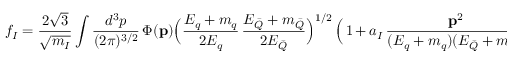
f _ { I } = { \frac { 2 { \sqrt { 3 } } } { \sqrt { m _ { I } } } } \int { \frac { d ^ { 3 } p } { ( 2 \pi ) ^ { 3 / 2 } } } \, \Phi ( { \bf { p } } ) \Big ( { \frac { E _ { q } + m _ { q } } { 2 E _ { q } } } \, { \frac { E _ { \bar { Q } } + m _ { \bar { Q } } } { 2 E _ { \bar { Q } } } } { \Big ) } ^ { 1 / 2 } \, \Big ( \, 1 \, + \, a _ { I } \, { \frac { { \bf { p } } ^ { 2 } } { ( E _ { q } + m _ { q } ) ( E _ { \bar { Q } } + m _ { \bar { Q } } ) } } \, \Big ) ,